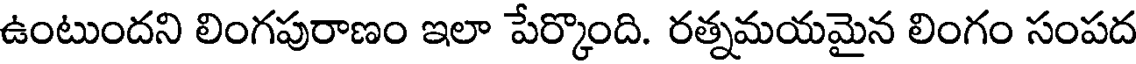
ఉంటుందని లింగపురాణం ఇలా పేర్కొంది. రత్నమయమైన లింగం సంపద